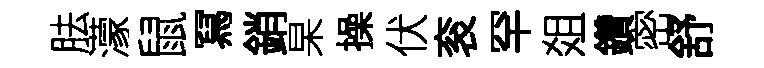
胠濛鼠冩銷杲操伏衮罕爼鑽密舒